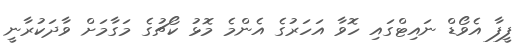
ފީފާ އެވޯޑް ނައިޓްގައި ހޮވާ އަހަރުގެ އެންމެ މޮޅު ކޯޗުގެ މަގާމަށް ވާދަކުރާނީ